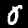
Digit: 0